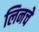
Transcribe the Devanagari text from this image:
लिनचे